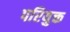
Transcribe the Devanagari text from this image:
परियुक्त